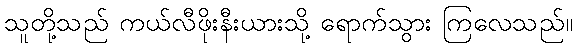
သူတို့သည် ကယ်လီဖိုးနီးယားသို့ ရောက်သွား ကြလေသည်။